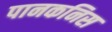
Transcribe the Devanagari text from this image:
पानकनिस